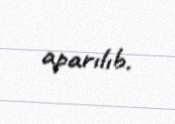
aparılıb.